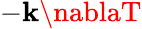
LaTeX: -\mathbf{k}\nablaT